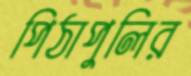
পিঠাপুলির